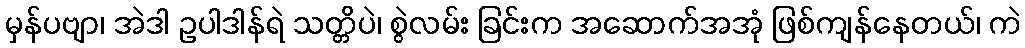
မှန်ပဗျာ၊ အဲဒါ ဥပါဒါန်ရဲ သတ္တိပဲ၊ စွဲလမ်း ခြင်းက အဆောက်အအုံ ဖြစ်ကျန်နေတယ်၊ ကဲ